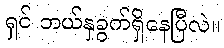
ရှင် ဘယ်နှခွက်ရှိနေပြီလဲ။